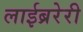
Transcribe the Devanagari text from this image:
लाईब्ररेरी